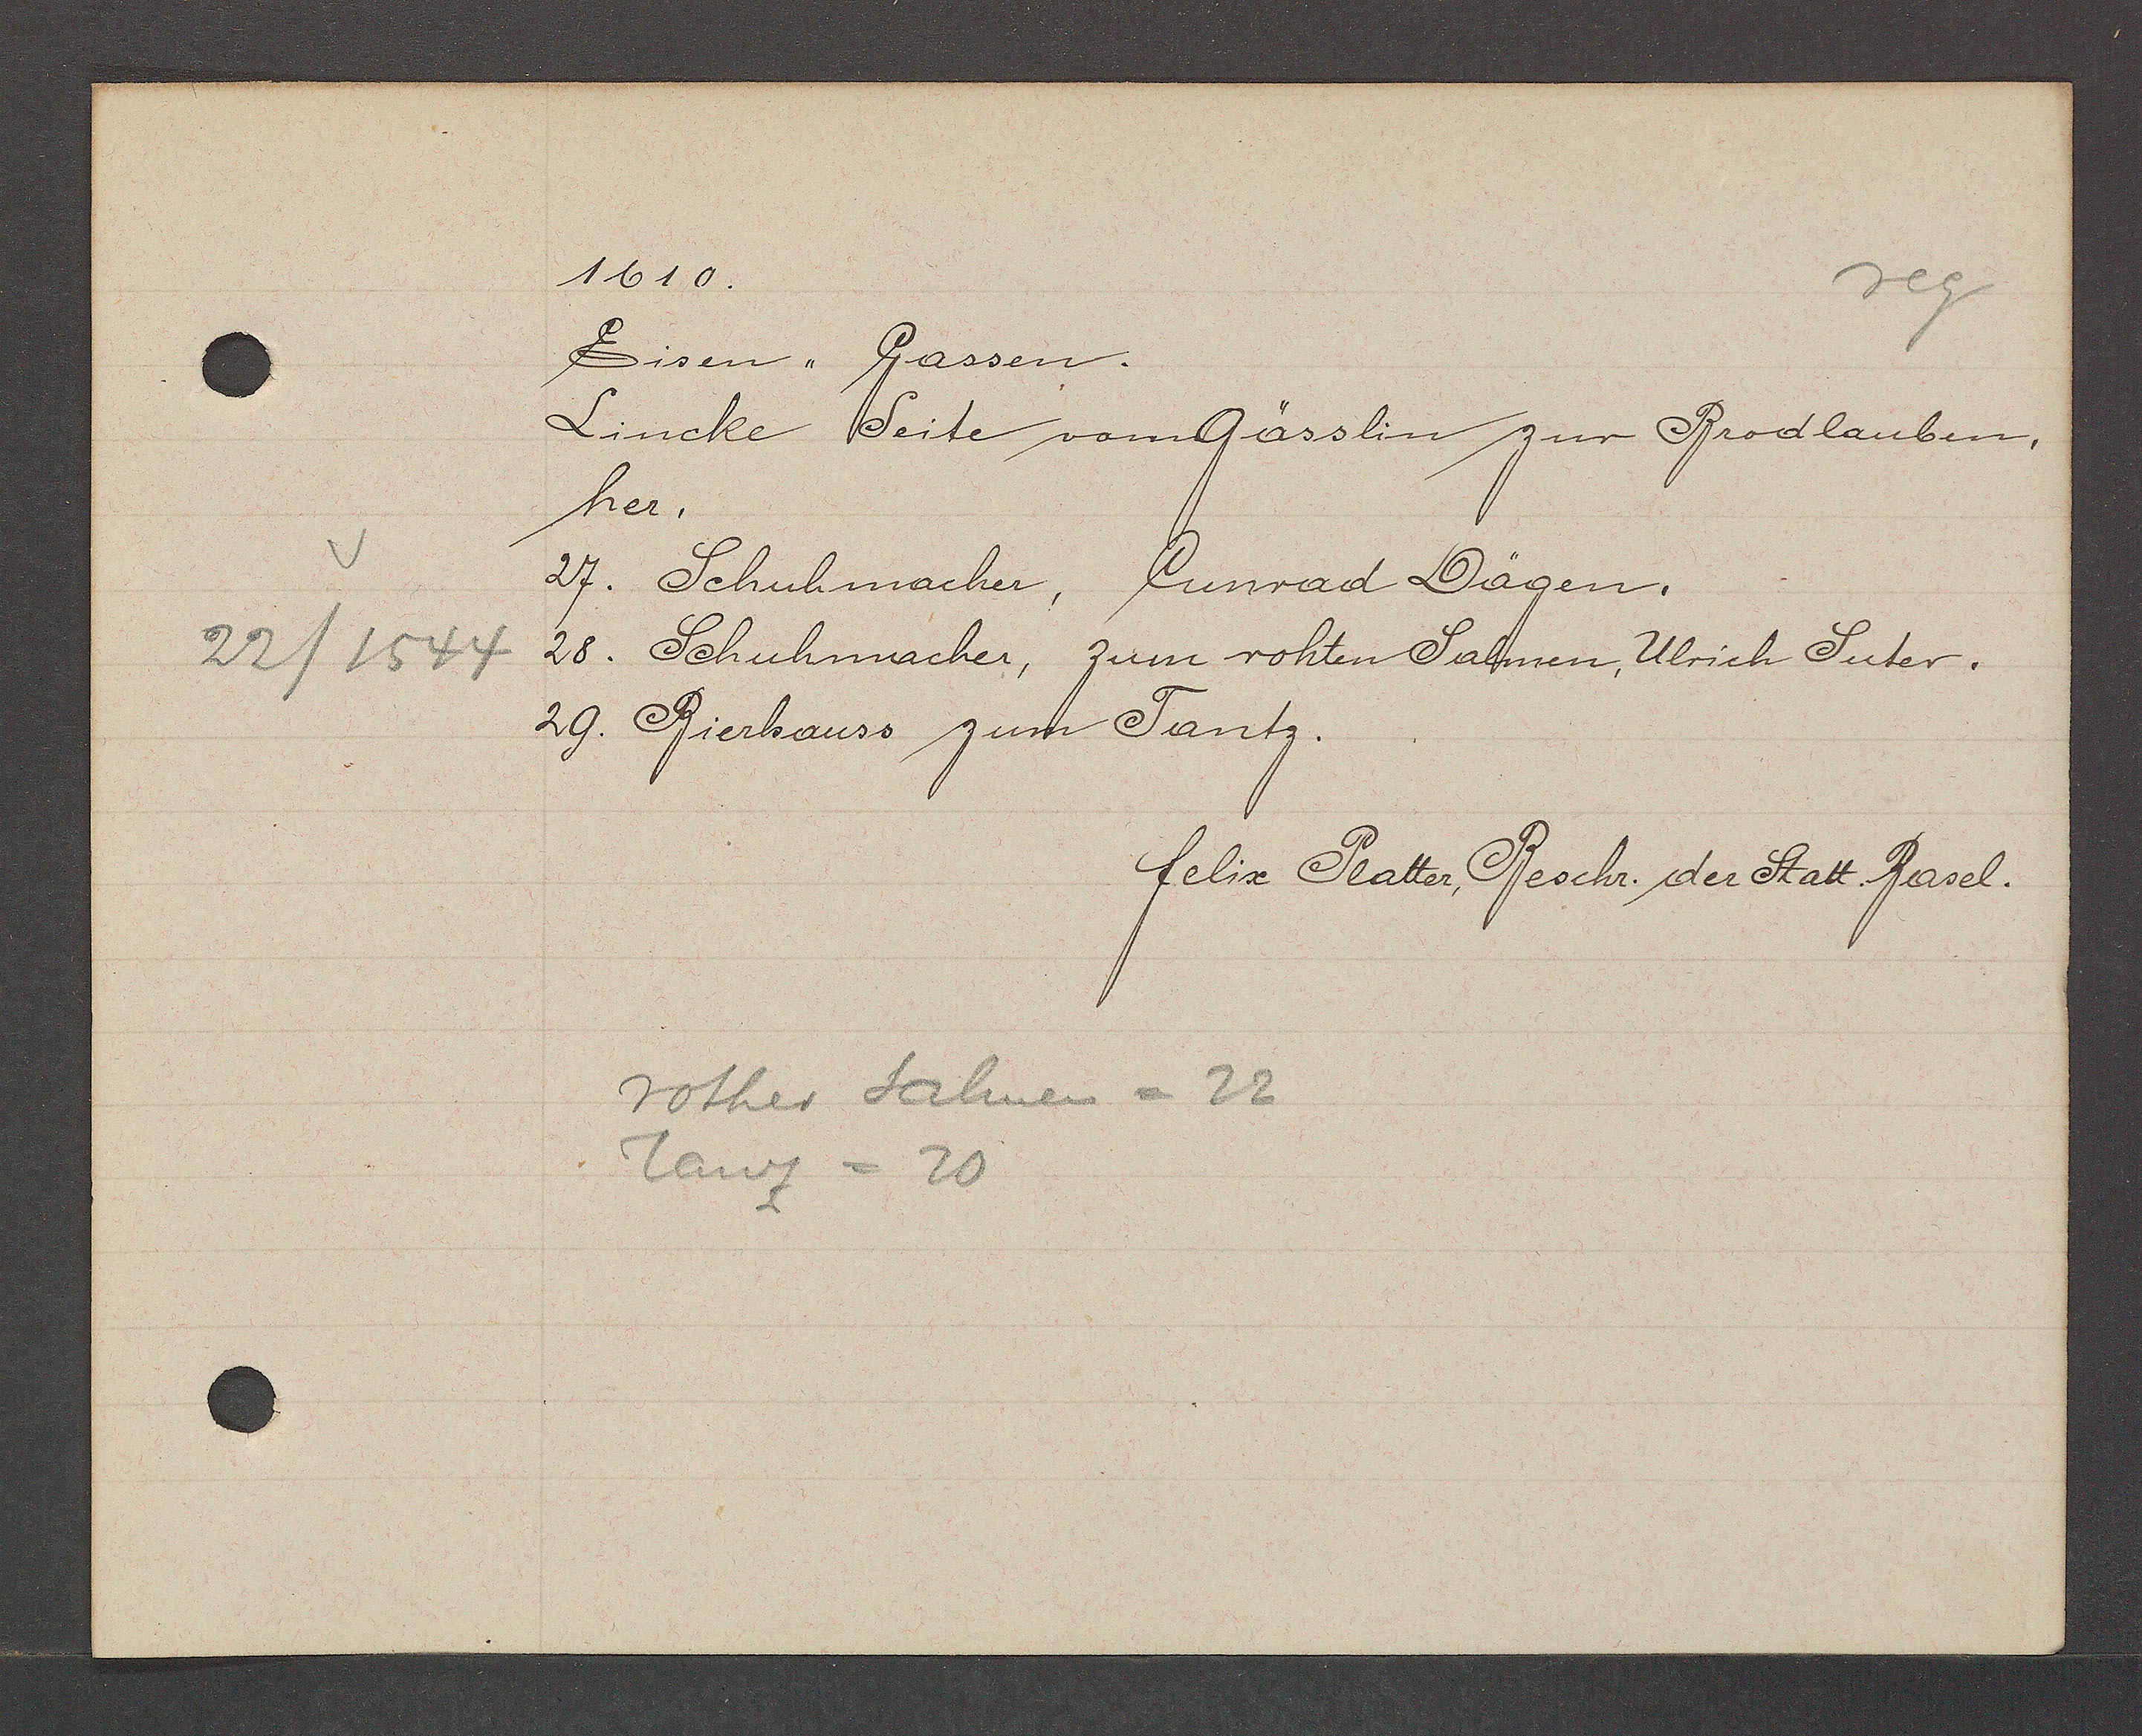
Transcript:
22/1544

1610.
Eisen - Gassen.
Lincke Seite vomGässlin zur Brodlauben.
her.
27. Schuhmacher, Cunrad Dägen.
28. Schuhmacher, zum rohten Salmen, Ulrich Suter.
29. Bierhauss zum Tantz.
felix Platter Beschr. der Statt Basel.
rother Salmen = 22
Tanz = 20